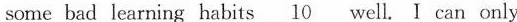
some bad learning habits \underline{10} well. I can only